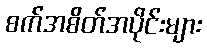
စက်အစိတ်အပိုင်းများ